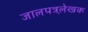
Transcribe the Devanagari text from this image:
जालपत्रले़खक